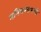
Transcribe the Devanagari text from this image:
मनिचन्तामणी